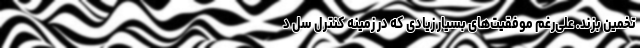
تخمین بزند. علی‌رغم موفقیت‌های بسیار زیادی که در زمینه کنترل سل د